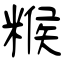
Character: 糇